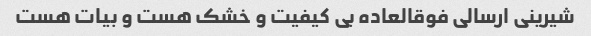
شیرینی ارسالی فوقالعاده بی کیفیت و خشک هست و بیات هست